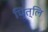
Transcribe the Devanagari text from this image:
घित्लि